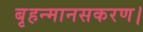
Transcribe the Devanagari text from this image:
बृहन्मानसकरण।